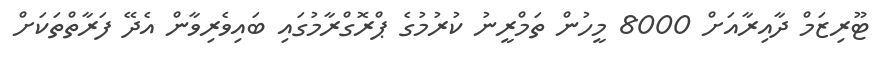
ޓޫރިޒަމް ދާއިރާއަށް 8000 މީހުން ތަމްރީނު ކުރުމުގެ ޕްރޮގްރާމުގައި ބައިވެރިވާން އެދޭ ފަރާތްތަކަށް